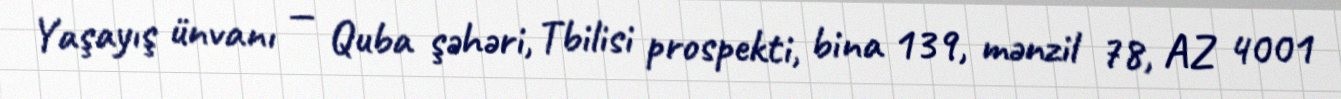
Yaşayış ünvanı — Quba şəhəri, Tbilisi prospekti, bina 139, mənzil 78, AZ 4001